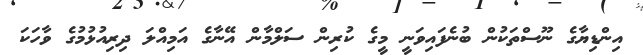
އިންޑިޔާގެ ނޫސްތަކުން ބުނެފައިވަނީ މީގެ ކުރިން ސަލްމާން އޭނާގެ އަމިއްލަ ދިރިއުޅުމުގެ ވާހަކަ